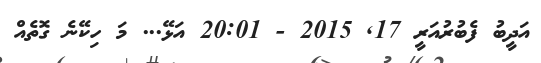
އަދީބު ފެބުރުއަރީ 17